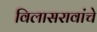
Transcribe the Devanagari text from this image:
विलासरावांचे